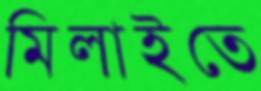
মিলাইতে